Insane asylums Bombay 1873-77 - 1873-1877
Year: 1873
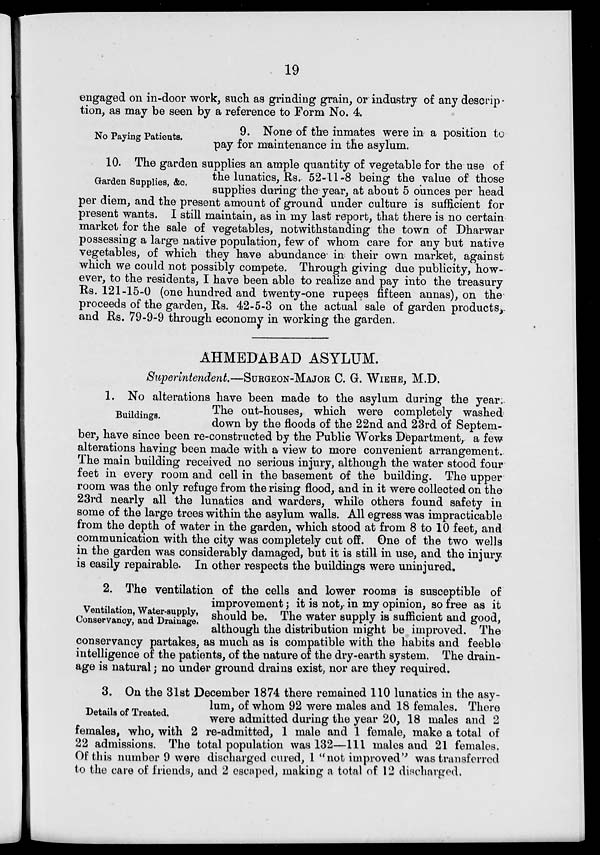
19
engaged on in-door work, such as grinding grain, or industry of any descrip-
tion, as may be seen by a reference to Form No. 4.
No Paying Patients.
9. None of the inmates were in a position to
pay for maintenance in the asylum.
Garden Supplies, &c.
10. The garden supplies an ample quantity of vegetable for the use of
the lunatics, Rs. 52-11-8 being the value of those
supplies during the year, at about 5 ounces per head
per diem, and the present amount of ground under culture is sufficient for
present wants. I still maintain, as in my last report, that there is no certain
market for the sale of vegetables, notwithstanding the town of Dharwar
possessing a large native population, few of whom care for any but native
vegetables, of which they have abundance in their own market, against
which we could not possibly compete. Through giving due publicity, how-
ever, to the residents, I have been able to realize and pay into the treasury
Rs. 121-15-0 (one hundred and twenty-one rupees fifteen annas), on the
proceeds of the garden, Rs. 42-5-3 on the actual sale of garden products,
and Rs. 79-9-9 through economy in working the garden.
AHMEDABAD ASYLUM.
Superintendent.—SURGEON-MAJOR C. G. WIEHE, M.D.
Buildings.
1. No alterations have been made to the asylum during the year,
The out-houses, which were completely washed
down by the floods of the 22nd and 23rd of Septem-
ber, have since been re-constructed by the Public Works Department, a few
alterations having been made with a view to more convenient arrangement.
The main building received no serious injury, although the water stood four
feet in every room and cell in the basement of the building. The upper
room was the only refuge from the rising flood, and in it were collected on the
23rd nearly all the lunatics and warders, while others found safety in
some of the large trees within the asylum walls. All egress was impracticable
from the depth of water in the garden, which stood at from 8 to 10 feet, and
communication with the city was completely cut off. One of the two wells
in the garden was considerably damaged, but it is still in use, and the injury
is easily repairable. In other respects the buildings were uninjured.
Ventilation, Water-supply,
Conservancy, and Drainage.
2. The ventilation of the cells and lower rooms is susceptible of
improvement; it is not, in my opinion, so free as it
should be. The water supply is sufficient and good,
although the distribution might be improved. The
conservancy partakes, as much as is compatible with the habits and feeble
intelligence of the patients, of the nature of the dry-earth system. The drain-
age is natural; no under ground drains exist, nor are they required.
Details of Treated.
3. On the 31st December 1874 there remained 110 lunatics in the asy-
lum, of whom 92 were males and 18 females. There
were admitted during the year 20, 18 males and 2
females, who, with 2 re-admitted, 1 male and 1 female, make a total of
22 admissions. The total population was 132—111 males and 21 females.
Of this number 9 were discharged cured, 1 "not improved" was transferred
to the care of friends, and 2 escaped, making a total of 12 discharged.